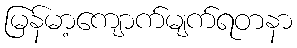
မြန်မာ့ကျောက်မျက်ရတနာ